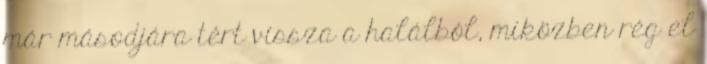
már másodjára tért vissza a halálból, miközben rég el